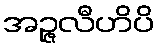
အဉ္ဇလီဟိပိ